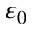
\varepsilon _ { 0 }